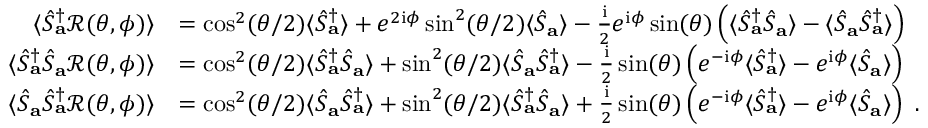
\begin{array} { r l } { \langle \hat { S } _ { \mathbf { a } } ^ { \dagger } \mathcal { R } ( \theta , \phi ) \rangle } & { = \cos ^ { 2 } ( \theta / 2 ) \langle \hat { S } _ { \mathbf { a } } ^ { \dagger } \rangle + e ^ { 2 \mathrm { i } \phi } \sin ^ { 2 } ( \theta / 2 ) \langle \hat { S } _ { \mathbf { a } } \rangle - \frac { \mathrm { i } } { 2 } e ^ { \mathrm { i } \phi } \sin ( \theta ) \left( \langle \hat { S } _ { \mathbf { a } } ^ { \dagger } \hat { S } _ { \mathbf { a } } \rangle - \langle \hat { S } _ { \mathbf { a } } \hat { S } _ { \mathbf { a } } ^ { \dagger } \rangle \right) } \\ { \langle \hat { S } _ { \mathbf { a } } ^ { \dagger } \hat { S } _ { \mathbf { a } } \mathcal { R } ( \theta , \phi ) \rangle } & { = \cos ^ { 2 } ( \theta / 2 ) \langle \hat { S } _ { \mathbf { a } } ^ { \dagger } \hat { S } _ { \mathbf { a } } \rangle + \sin ^ { 2 } ( \theta / 2 ) \langle \hat { S } _ { \mathbf { a } } \hat { S } _ { \mathbf { a } } ^ { \dagger } \rangle - \frac { \mathrm { i } } { 2 } \sin ( \theta ) \left( e ^ { - \mathrm { i } \phi } \langle \hat { S } _ { \mathbf { a } } ^ { \dagger } \rangle - e ^ { \mathrm { i } \phi } \langle \hat { S } _ { \mathbf { a } } \rangle \right) } \\ { \langle \hat { S } _ { \mathbf { a } } \hat { S } _ { \mathbf { a } } ^ { \dagger } \mathcal { R } ( \theta , \phi ) \rangle } & { = \cos ^ { 2 } ( \theta / 2 ) \langle \hat { S } _ { \mathbf { a } } \hat { S } _ { \mathbf { a } } ^ { \dagger } \rangle + \sin ^ { 2 } ( \theta / 2 ) \langle \hat { S } _ { \mathbf { a } } ^ { \dagger } \hat { S } _ { \mathbf { a } } \rangle + \frac { \mathrm { i } } { 2 } \sin ( \theta ) \left( e ^ { - \mathrm { i } \phi } \langle \hat { S } _ { \mathbf { a } } ^ { \dagger } \rangle - e ^ { \mathrm { i } \phi } \langle \hat { S } _ { \mathbf { a } } \rangle \right) ~ . } \end{array}